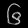
Digit: ၆